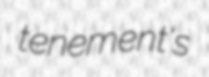
tenement's